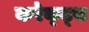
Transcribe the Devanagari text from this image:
करेक्ट्स